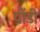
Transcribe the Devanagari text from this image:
पौंडी